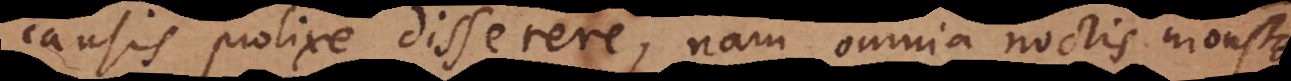
causis prolixe disserere, nam omnia noctis monstra